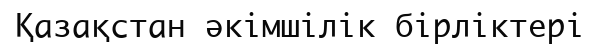
Қазақстан әкімшілік бірліктері